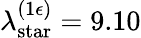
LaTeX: \lambda_{\mathrm{star}}^{(1\epsilon)}=9.10